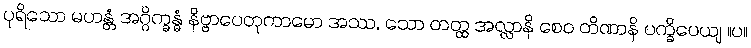
ပုရိသော မဟန္တံ အဂ္ဂိက္ခန္ဓံ နိဗ္ဗာပေတုကာမော အဿ, သော တတ္ထ အလ္လာနိ စေဝ တိဏာနိ ပက္ခိပေယျ ။ပ။